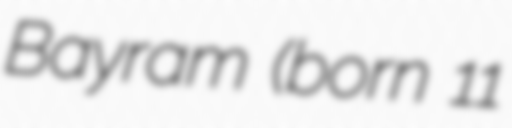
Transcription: Bayram (born 11